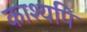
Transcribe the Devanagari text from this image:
काश्यपि